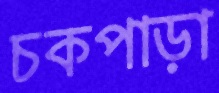
চকপাড়া